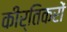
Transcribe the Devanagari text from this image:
कीर्तिकरों